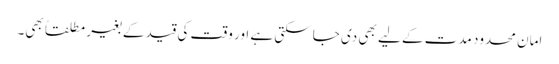
امان محدود مدت کے لیے بھی دی جاسکتی ہے اور وقت کی قید کے بغیر مطلقاً بھی۔